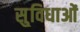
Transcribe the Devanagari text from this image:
सु्विधाओं